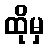
ထိုမှ